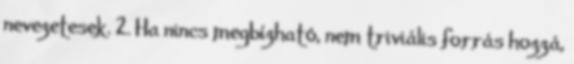
nevezetesek. 2. Ha nincs megbízható, nem triviális forrás hozzá,